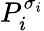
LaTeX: P_{i}^{\sigma_{i}}